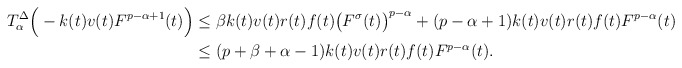
\begin{align*}T_\alpha^{\Delta} \Big(-k(t)v(t)F^{p-\alpha+1}(t)\Big)&\leq\beta k(t)v(t)r(t)f(t)\big(F^\sigma(t)\big)^{p-\alpha}+(p-\alpha+1)k(t)v(t)r(t)f(t)F^{p-\alpha}(t)\\&\leq(p+\beta+\alpha-1)k(t)v(t)r(t)f(t)F^{p-\alpha}(t).\end{align*}